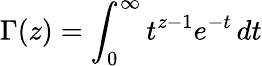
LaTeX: \Gamma(z)=\int_{0}^{\infty}t^{z-1}e^{-t}\, dt